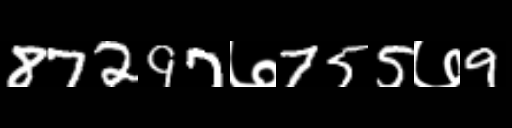
Text: 87297७755७9